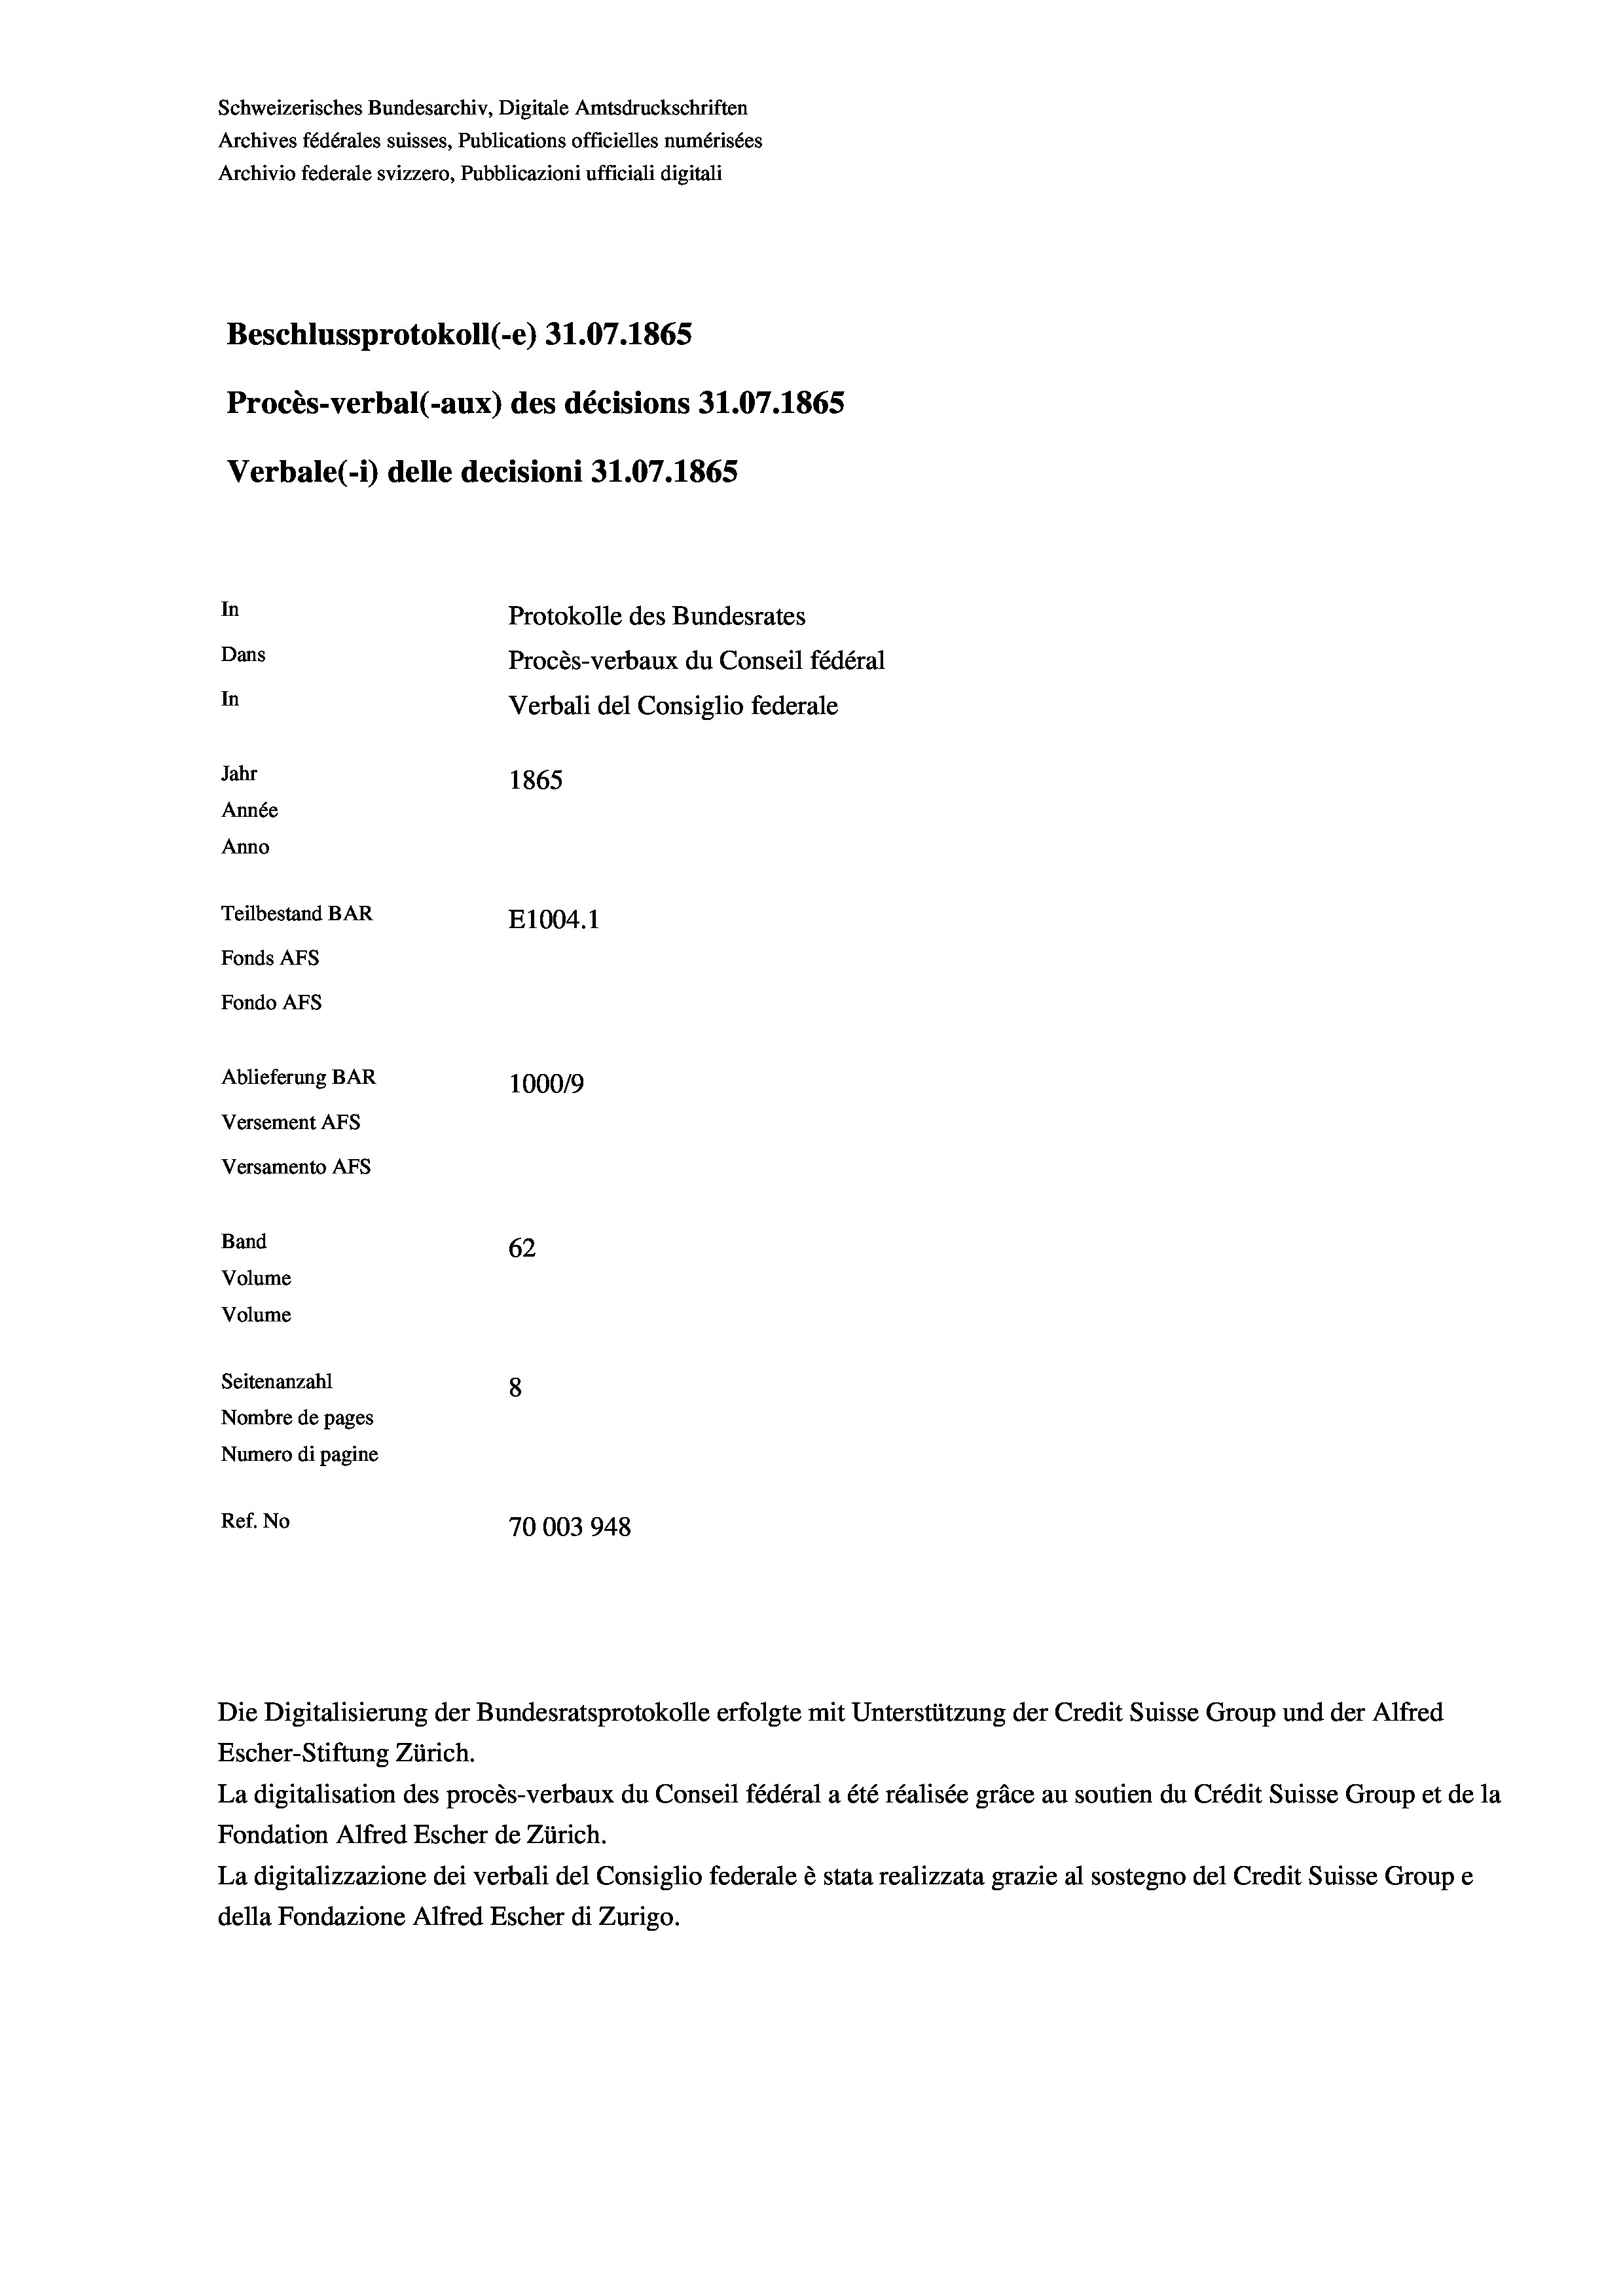
Schweizerisches Bundesarchiv, Digitale Amtsdruckschriften
Archives fédérales suisses, Publications officielles numérisées
Archivio federale svizzero, Pubblicazioni ufficiali digitali
Beschlussprotokoll (-e) 31.07. 1865
Procès-verbal (-aux) des décisions 31.07.1865
Verbale (- 1) delle decisioni 31.07. 1865
In
Protokolle des Bundesrates
Dans
Procès-verbaux du Conseil fédéral
In
Verbali del Consiglio federale
Jahr
1865
Année
Anno
Teilbestand BAR
E1004.1
Fonds AFs
Fondo AFS
Ablieferung BAR
1000/9
Versement Abs
Versamento Afs
Band
62
Volume
Volume
Seitenanzahl
8
Nombre de pages
Numero di pagine
Ref. No
70003948

Die Digitalisierung der Bundesratsprotokolle erfolgte mit Unterstützung der Credit Suisse Group und der Alfred

Escher-Stiftung Zürich.
La digitalisation des procès-verbaux du Conseil fédéral a été réalisée gräce au soutien du Crédit Suisse Group et de la
Fondation Alfred Escher de Zürich.
La digitalizzazione dei verbali del Consiglio federale è stata realizzata grazie al sostegno del Credit Suisse Groupe
della Fondazione Alfred Escher di Zurigo.